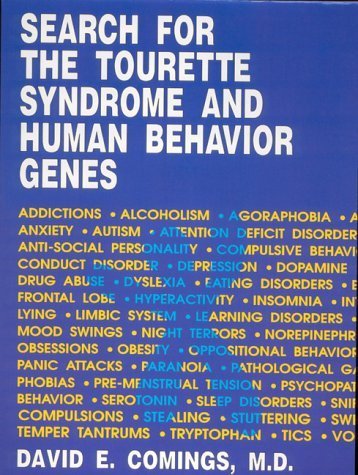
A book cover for Search for the Tourette Syndrome and Human Behavior Genes by Comings, David E. published by Hope Pr Hardcover; Health, Fitness & Dieting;